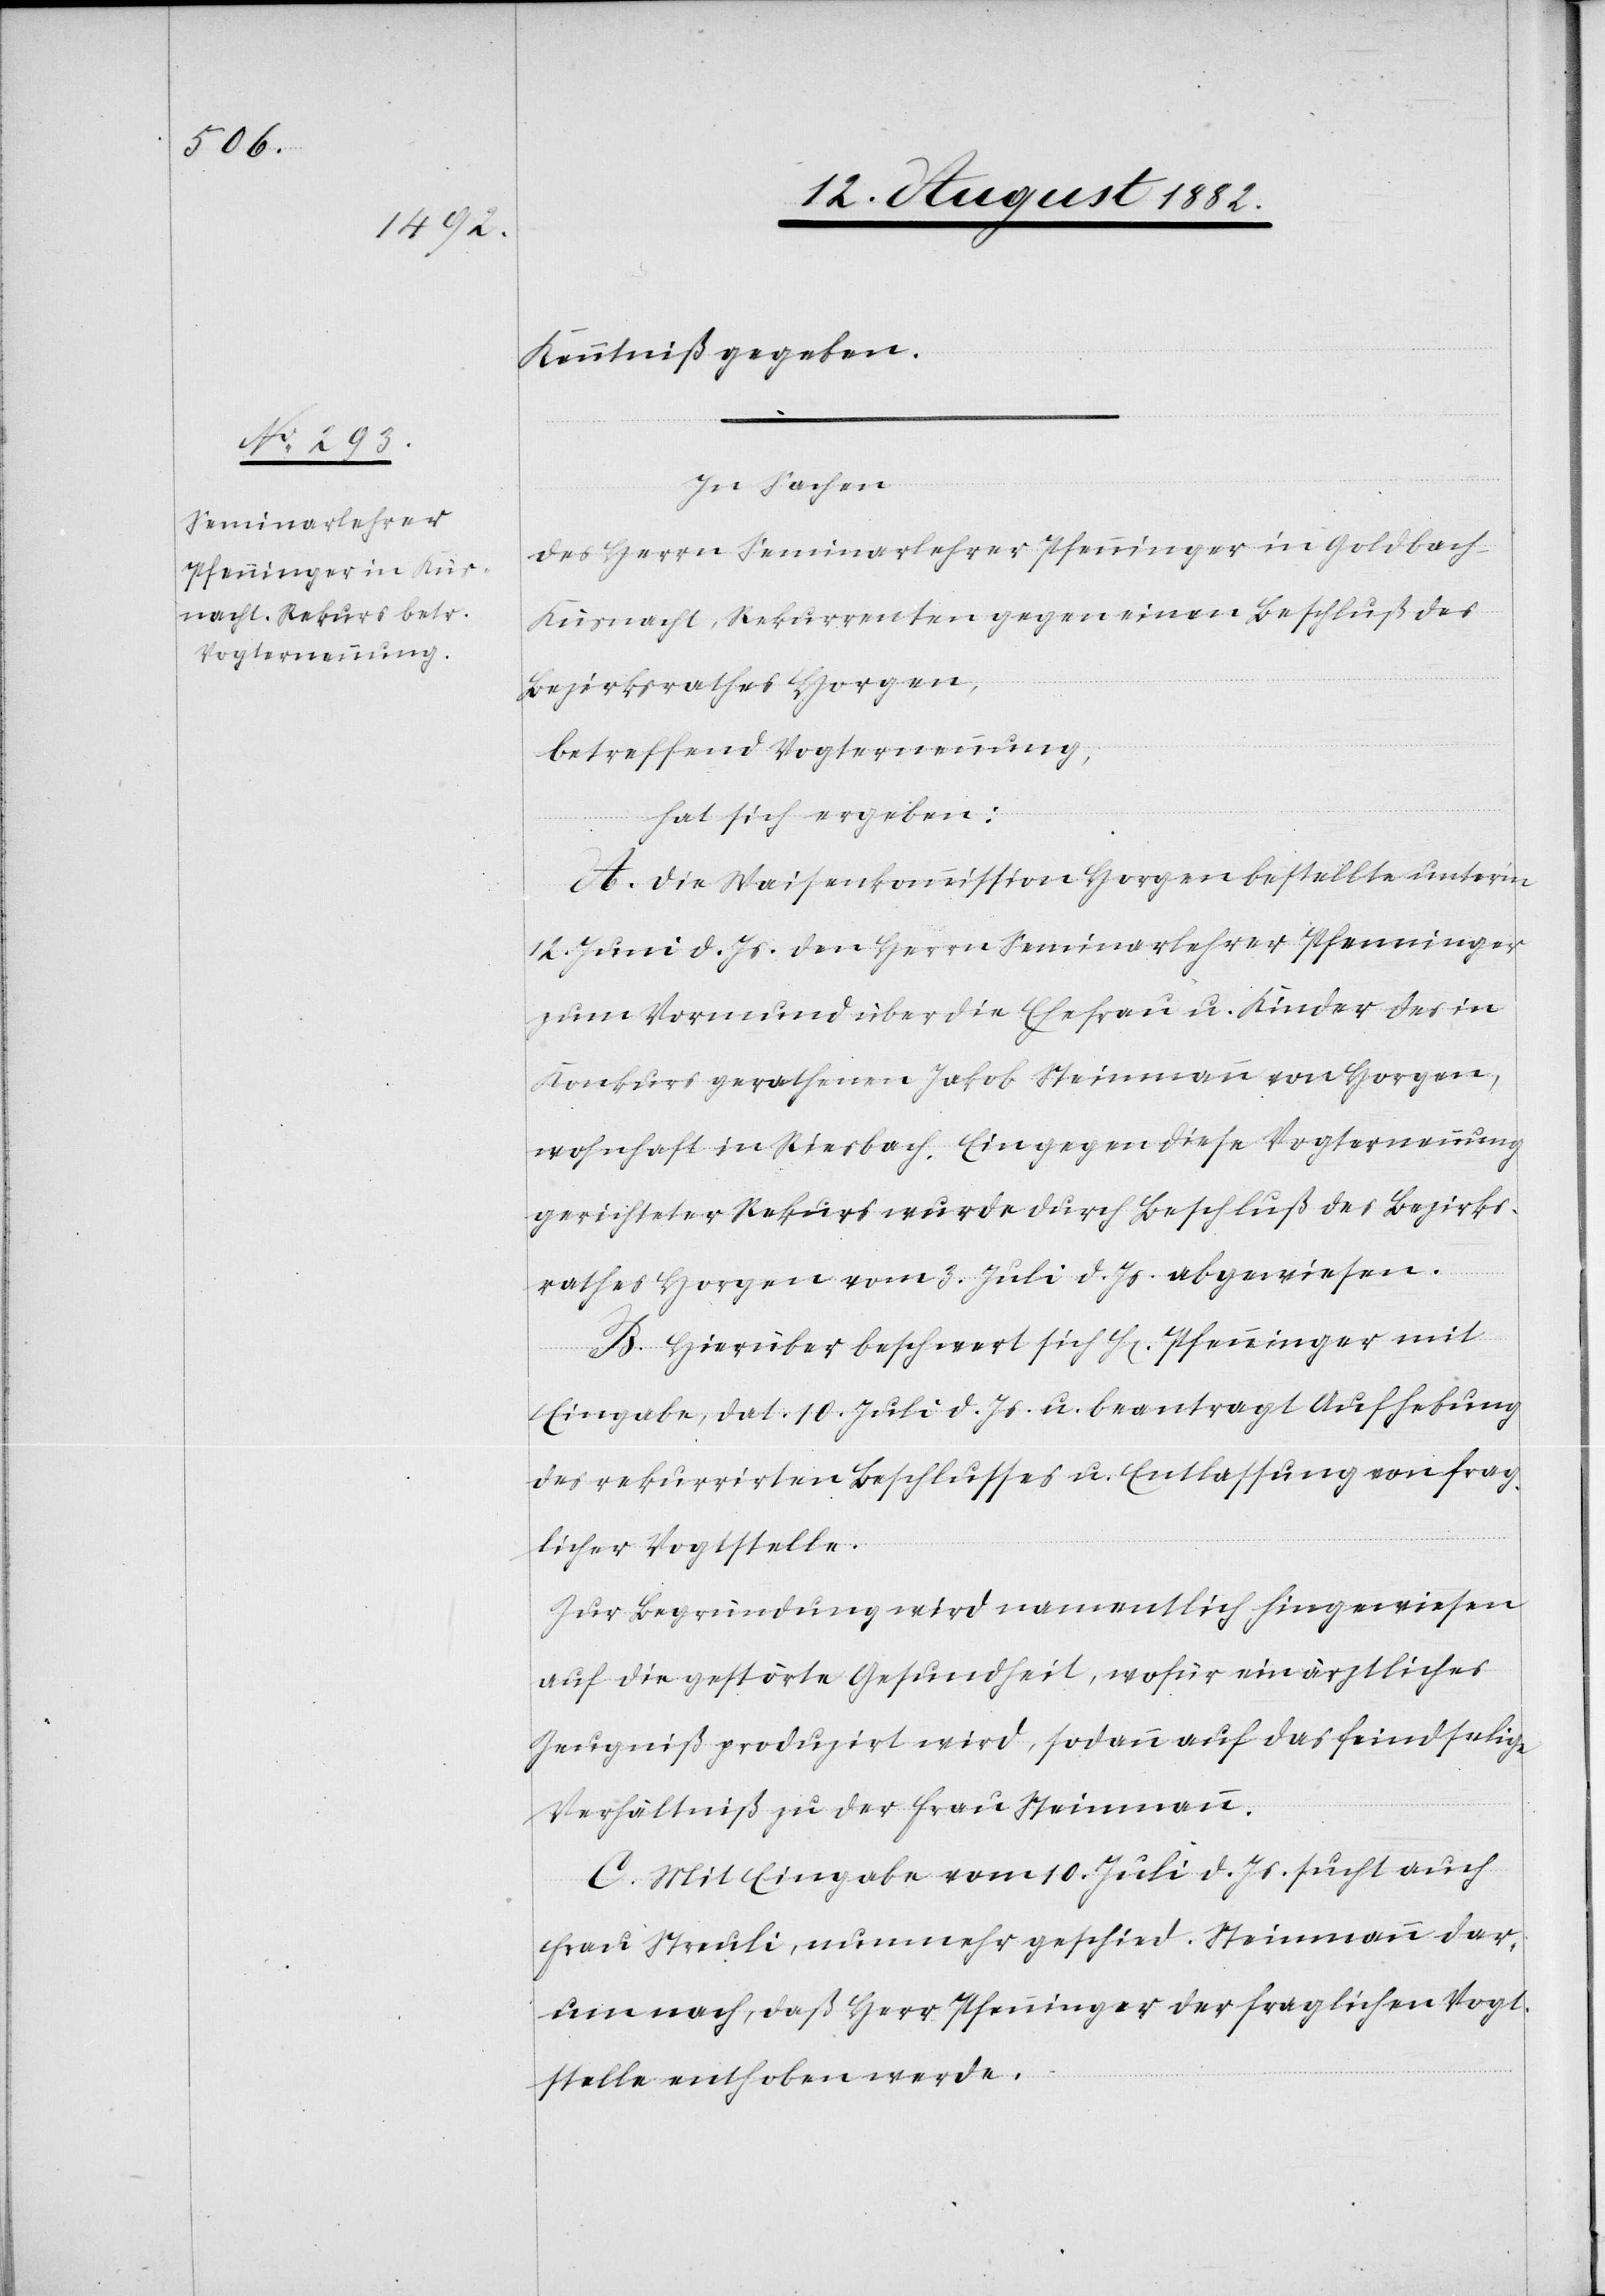
Kenntniß gegeben.
In Sachen
des Herrn Seminarlehrer Pfenninger in Goldbach
Küsnacht, Rekurrenten gegen einen Beschluß des
Bezirksrathes Horgen,
betreffend Vogternennung,
hat sich ergeben:
A: Die Waisenkommission Horgen bestellte unter’m
12. Juni d. Js. den Herrn Seminarlehrer Pfenninger
zum Vormund über die Ehefrau u. Kinder des in
Konkurs gerathenen Jakob Steinmann von Horgen,
wohnhaft in Riesbach. Ein gegen diese Vogternennung
gerichteter Rekurs wurde durch Beschluß des Bezirks¬
rathes Horgen vom 3. Juli d. Js. abgewiesen.
B. Hierüber beschwert sich H[err] Pfenninger mit
Eingabe, dat. 10. Juli d. Js. u. beantragt Aufhebung
des rekurrirten Beschlusses u. Entlassung von frag¬
licher Vogtstelle.
Zur Begründung wird namentlich hingewiesen
auf die gestörte Gesundheit, wofür ein ärztliches
Zeugniß produzirt wird, sodann auf das feindselige
Verhältniß zu der Frau Steinmann.
C. Mit Eingabe vom 10. Juli d. Js. sucht auch
Frau Streuli, nunmehr geschied. Steinmann dar¬
um nach, daß Herr Pfenninger der fraglichen Vogt¬
stelle enthoben werde.